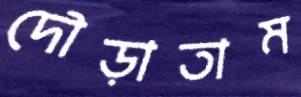
দৌড়াতাম